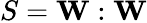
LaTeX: S=\mathbf{W}:\mathbf{W}